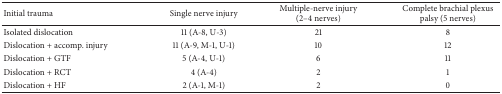
<table><thead><tr><td><b>Initial trauma</b></td><td><b>Single nerve injury</b></td><td><b>Multiple-nerve injury (2–4 nerves)</b></td><td><b>Complete brachial plexus palsy (5 nerves) </b></td></tr></thead><tbody><tr><td>Isolated dislocation</td><td>11 (A-8, U-3)</td><td>21</td><td>8</td></tr><tr><td>Dislocation + accomp. injury</td><td>11 (A-9, M-1, U-1)</td><td>10</td><td>12</td></tr><tr><td>Dislocation + GTF</td><td>5 (A-4, U-1)</td><td>6</td><td>11</td></tr><tr><td>Dislocation + RCT</td><td>4 (A-4)</td><td>2</td><td>1</td></tr><tr><td>Dislocation + HF</td><td>2 (A-1, M-1)</td><td>2</td><td>0</td></tr></tbody></table>